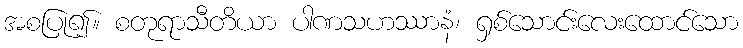
အစပြု၍။ စတုရာသီတိယာ ပါဏသဟဿာနံ၊ ရှစ်သောင်းလေးထောင်သော